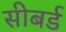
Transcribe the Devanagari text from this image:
सीबर्ड